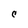
Character: C